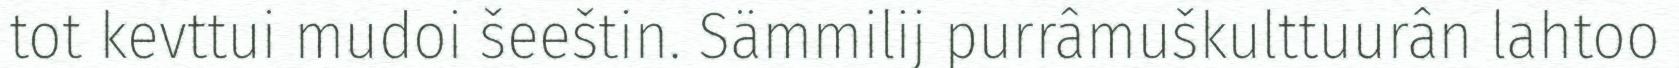
tot kevttui mudoi šeeštin. Sämmilij purrâmuškulttuurân lahtoo